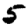
Digit: 5